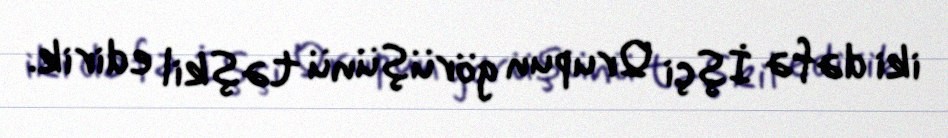
iki dəfə İşçi Qrupun görüşünü təşkil edirik.